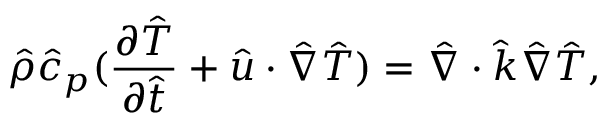
\hat { \rho } \hat { c } _ { p } ( \frac { \partial \hat { T } } { \partial \hat { t } } + \hat { \boldsymbol { u } } \cdot \hat { \nabla } \hat { T } ) = \hat { \nabla } \cdot \hat { k } \hat { \nabla } \hat { T } ,